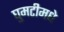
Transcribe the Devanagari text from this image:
घुमटीमधे